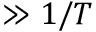
\gg 1 / T